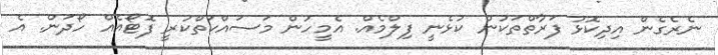
ނެރެގެން އިދިކޮޅު ފަރާތްތަކުން ކުޅެނީ ފިލްމެއް. އެމީހުން މަސައްކަތްކުރީ ފޮޓޯއެއް ހޯދަން. އެ